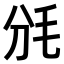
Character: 𣬩